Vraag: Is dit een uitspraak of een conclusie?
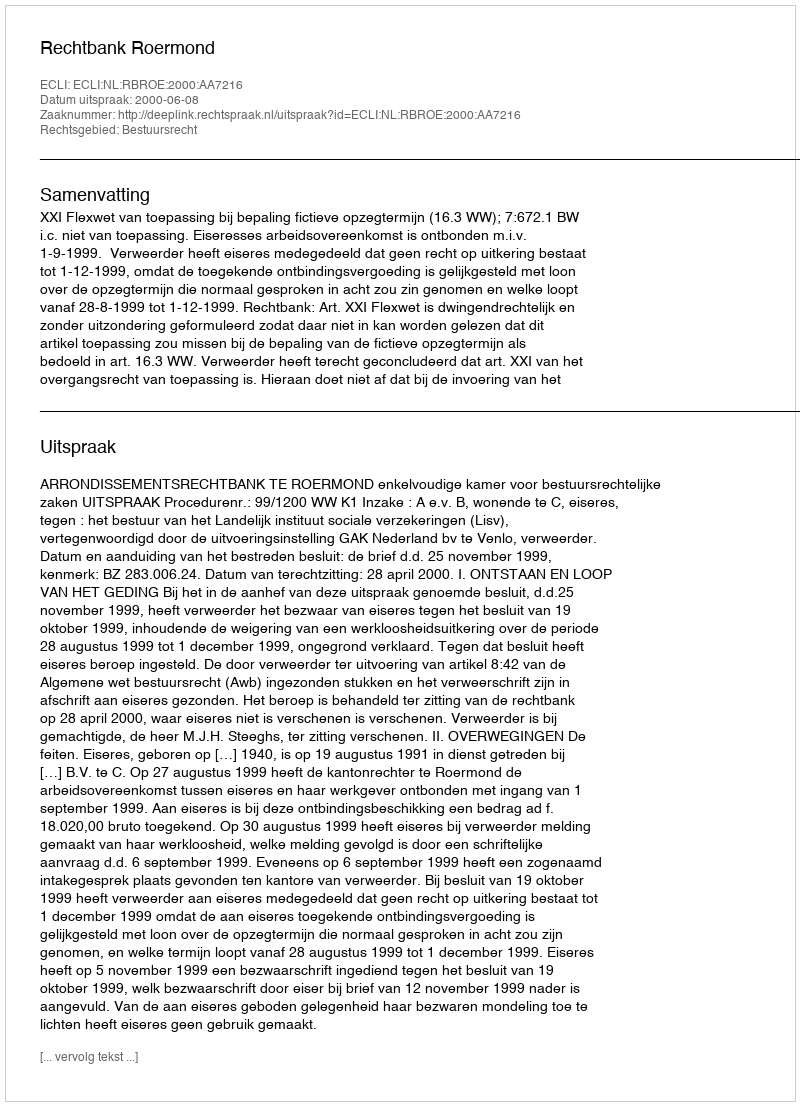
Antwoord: Uitspraak